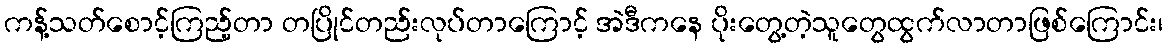
ကန့်သတ်စောင့်ကြည့်တာ တပြိုင်တည်းလုပ်တာကြောင့် အဲဒီကနေ ပိုးတွေ့တဲ့သူတွေထွက်လာတာဖြစ်ကြောင်း၊